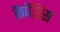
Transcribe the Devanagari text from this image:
कैपैरिस